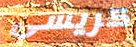
كريسي